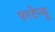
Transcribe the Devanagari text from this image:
परटेन्यू